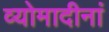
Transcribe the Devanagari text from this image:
व्योमादीनां